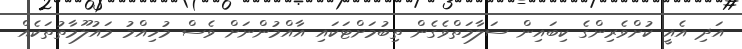
އަދި އެއީ ކުށްވެރިންގެ ކިބައިން ސަލާމަތްވެގެން ތިބުމަށްޓަކައި އާއްމުންނަށް ވެސް މުހިއްމު މައުލޫމާތުތަކެއް